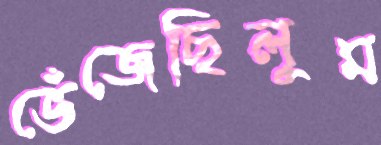
ভেঁজেছিলুম